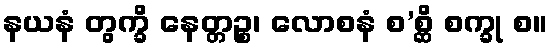
နယနံ တွက္ခိ နေတ္တဉ္စ၊ လောစနံ စ’စ္ဆိ စက္ခု စ။